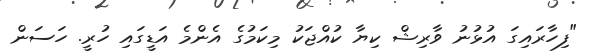
"ފިހާރައިގަ އުޅުނު ވާރިޝް ކިޔާ ކުއްޖަކު މިކަމުގެ އެންމެ އަޑީގައި ހުރީ. ހަސަން